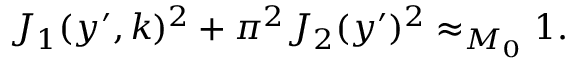
\begin{array} { r } { J _ { 1 } ( y ^ { \prime } , k ) ^ { 2 } + \pi ^ { 2 } J _ { 2 } ( y ^ { \prime } ) ^ { 2 } \approx _ { M _ { 0 } } 1 . } \end{array}